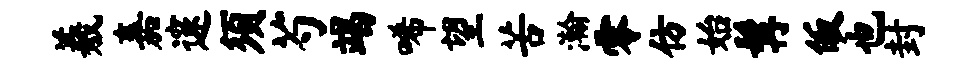
羲嘉邃须芍竭唏望苦瀚零仿始髯皈也封